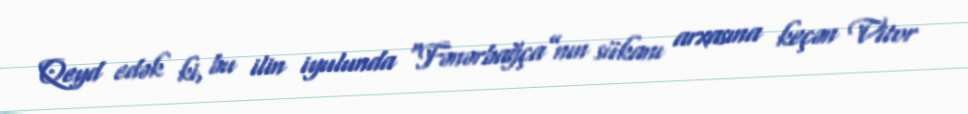
Qeyd edək ki, bu ilin iyulunda “Fənərbağça”nın sükanı arxasına keçən Vitor